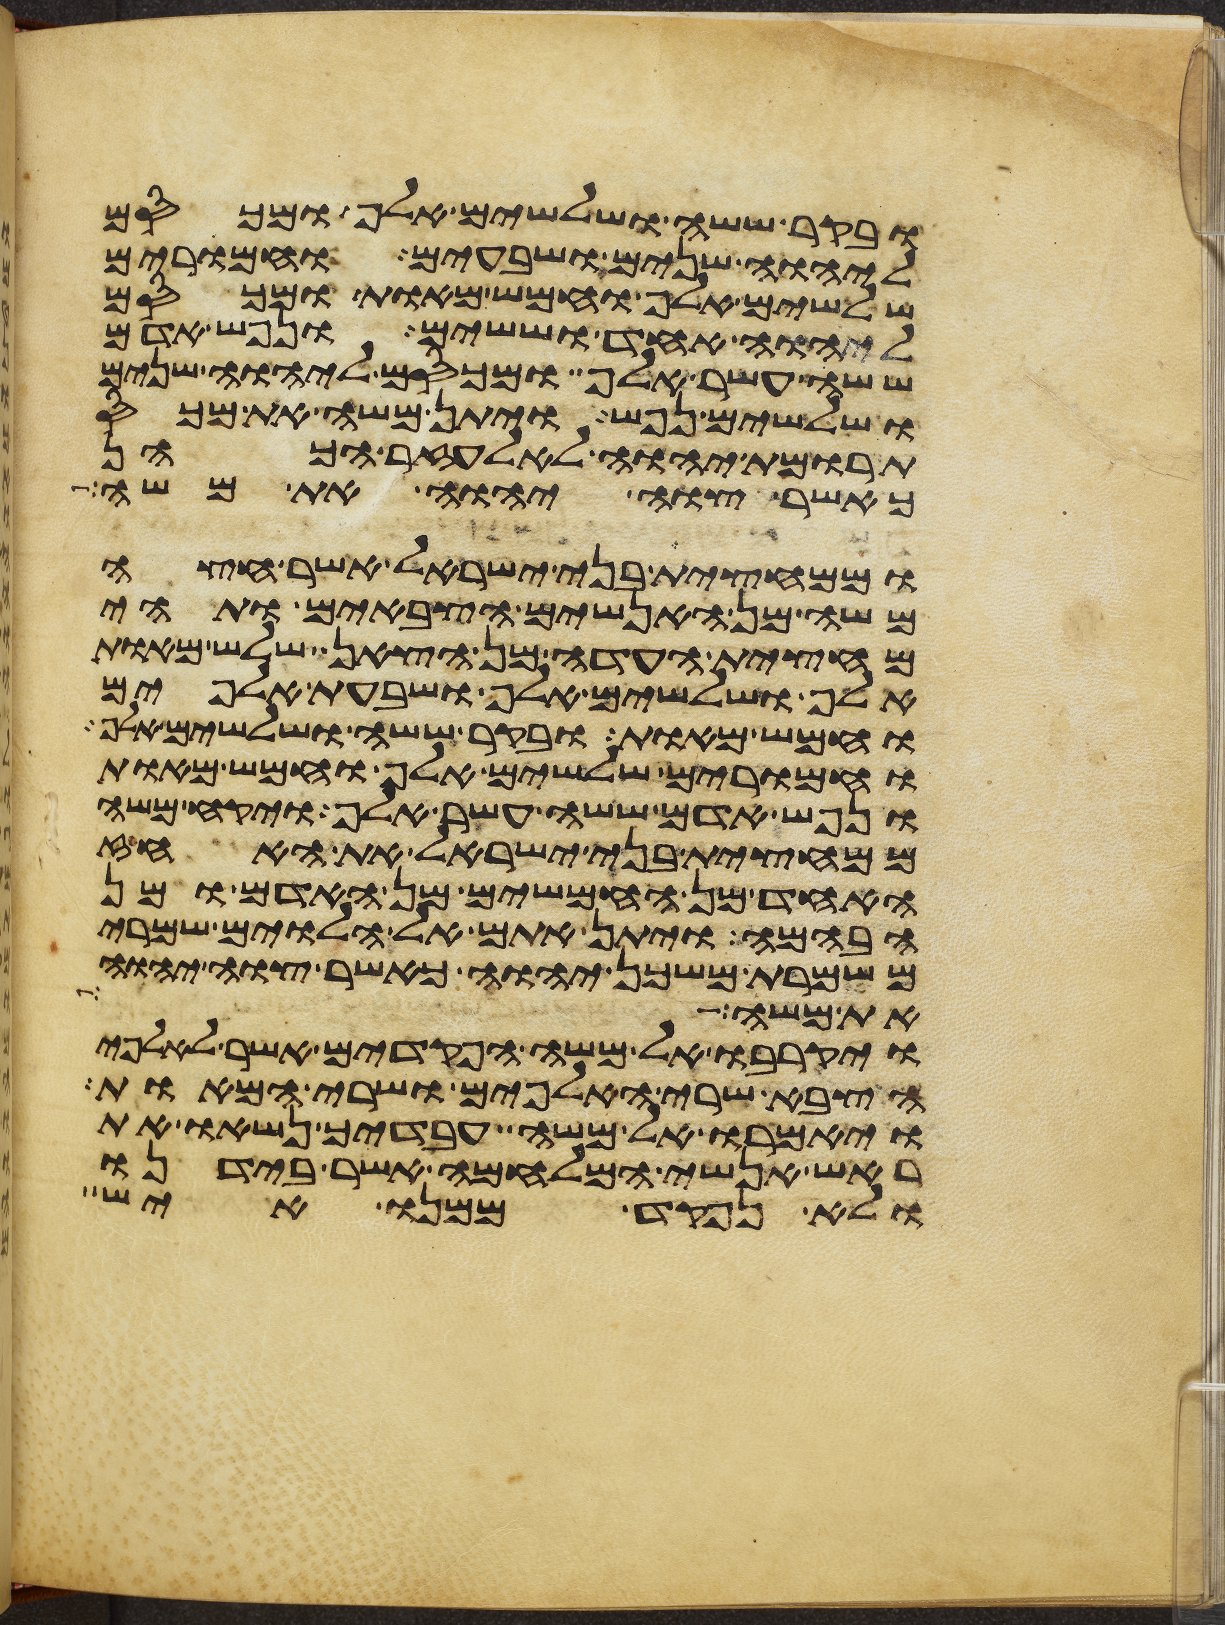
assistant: ובקר ששה ושלשים אלף ומכסם
ליהוה שנים ושבעים וחמרים
שלשים אלף וחמש מאות ומכסם
ליהוה אחד וששים ונפש אדם
ששה עשר אלף ומכסם ליהוה שנים
ושלשים נפש ויתן משה את מכס
תרומת יהוה לאלעזר הכהן
כאשר צוה יהוה את משה
וממחצית בני ישראל אשר חצה
משה מן האנשים הצבאים ותהי
מחצית העדה מן הצאן שלש מאות
אלף ושלשים אלף ושבעת אלפים
וחמש מאות ובקר ששה ושלשים אלף
וחמרים שלשים אלף וחמש מאות
ונפש אדם ששה עשר אלף ויקח משה
ממחצית בני ישראל את האחז
אחד מן החמשים מן האדם ומן
הבהמה ויתן אתם אל הלוים שמרי
משמרת משכן יהוה כאשר צוה יהוה
את משה
ויקרבו אל משה הפקדים אשר לאלפי
הצבא שרי האלפים ושרי המאות
ויאמרו אל משה עבדיך נשאו את
ראש אנשי המלחמה אשר בידנו
ולא נפקד ממנו איש